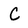
Character: C